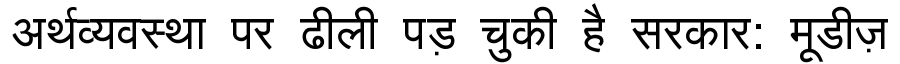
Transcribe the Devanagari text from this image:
अर्थव्यवस्था पर ढीली पड़ चुकी है सरकार: मूडीज़